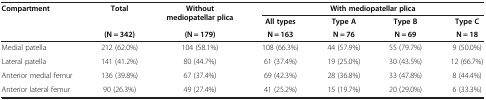
| <ROWSPAN=3> Compartment | <ROWSPAN=2> Total | <ROWSPAN=2> Without mediopatellar plica | <COLSPAN=4> With mediopatellar plica |
 | All types | Type A | Type B | Type C |
 | (N = 342) | (N = 179) | N = 163 | N = 76 | N = 69 | N = 18 |
 | --- | --- | --- | --- | --- | --- | --- |
 | Medial patella | 212 (62.0%) | 104 (58.1%) | 108 (66.3%) | 44 (57.9%) | 55 (79.7%) | 9 (50.0%) |
 | Lateral patella | 141 (41.2%) | 80 (44.7%) | 61 (37.4%) | 19 (25.0%) | 30 (43.5%) | 12 (66.7%) |
 | Anterior medial femur | 136 (39.8%) | 67 (37.4%) | 69 (42.3%) | 28 (36.8%) | 33 (47.8%) | 8 (44.4%) |
 | Anterior lateral femur | 90 (26.3%) | 49 (27.4%) | 41 (25.2%) | 15 (19.7%) | 20 (29.0%) | 6 (33.3%) |